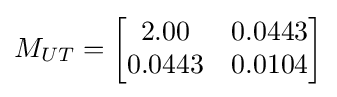
M_{UT}={\begin{bmatrix}2.00&0.0443\\0.0443&0.0104\end{bmatrix}}